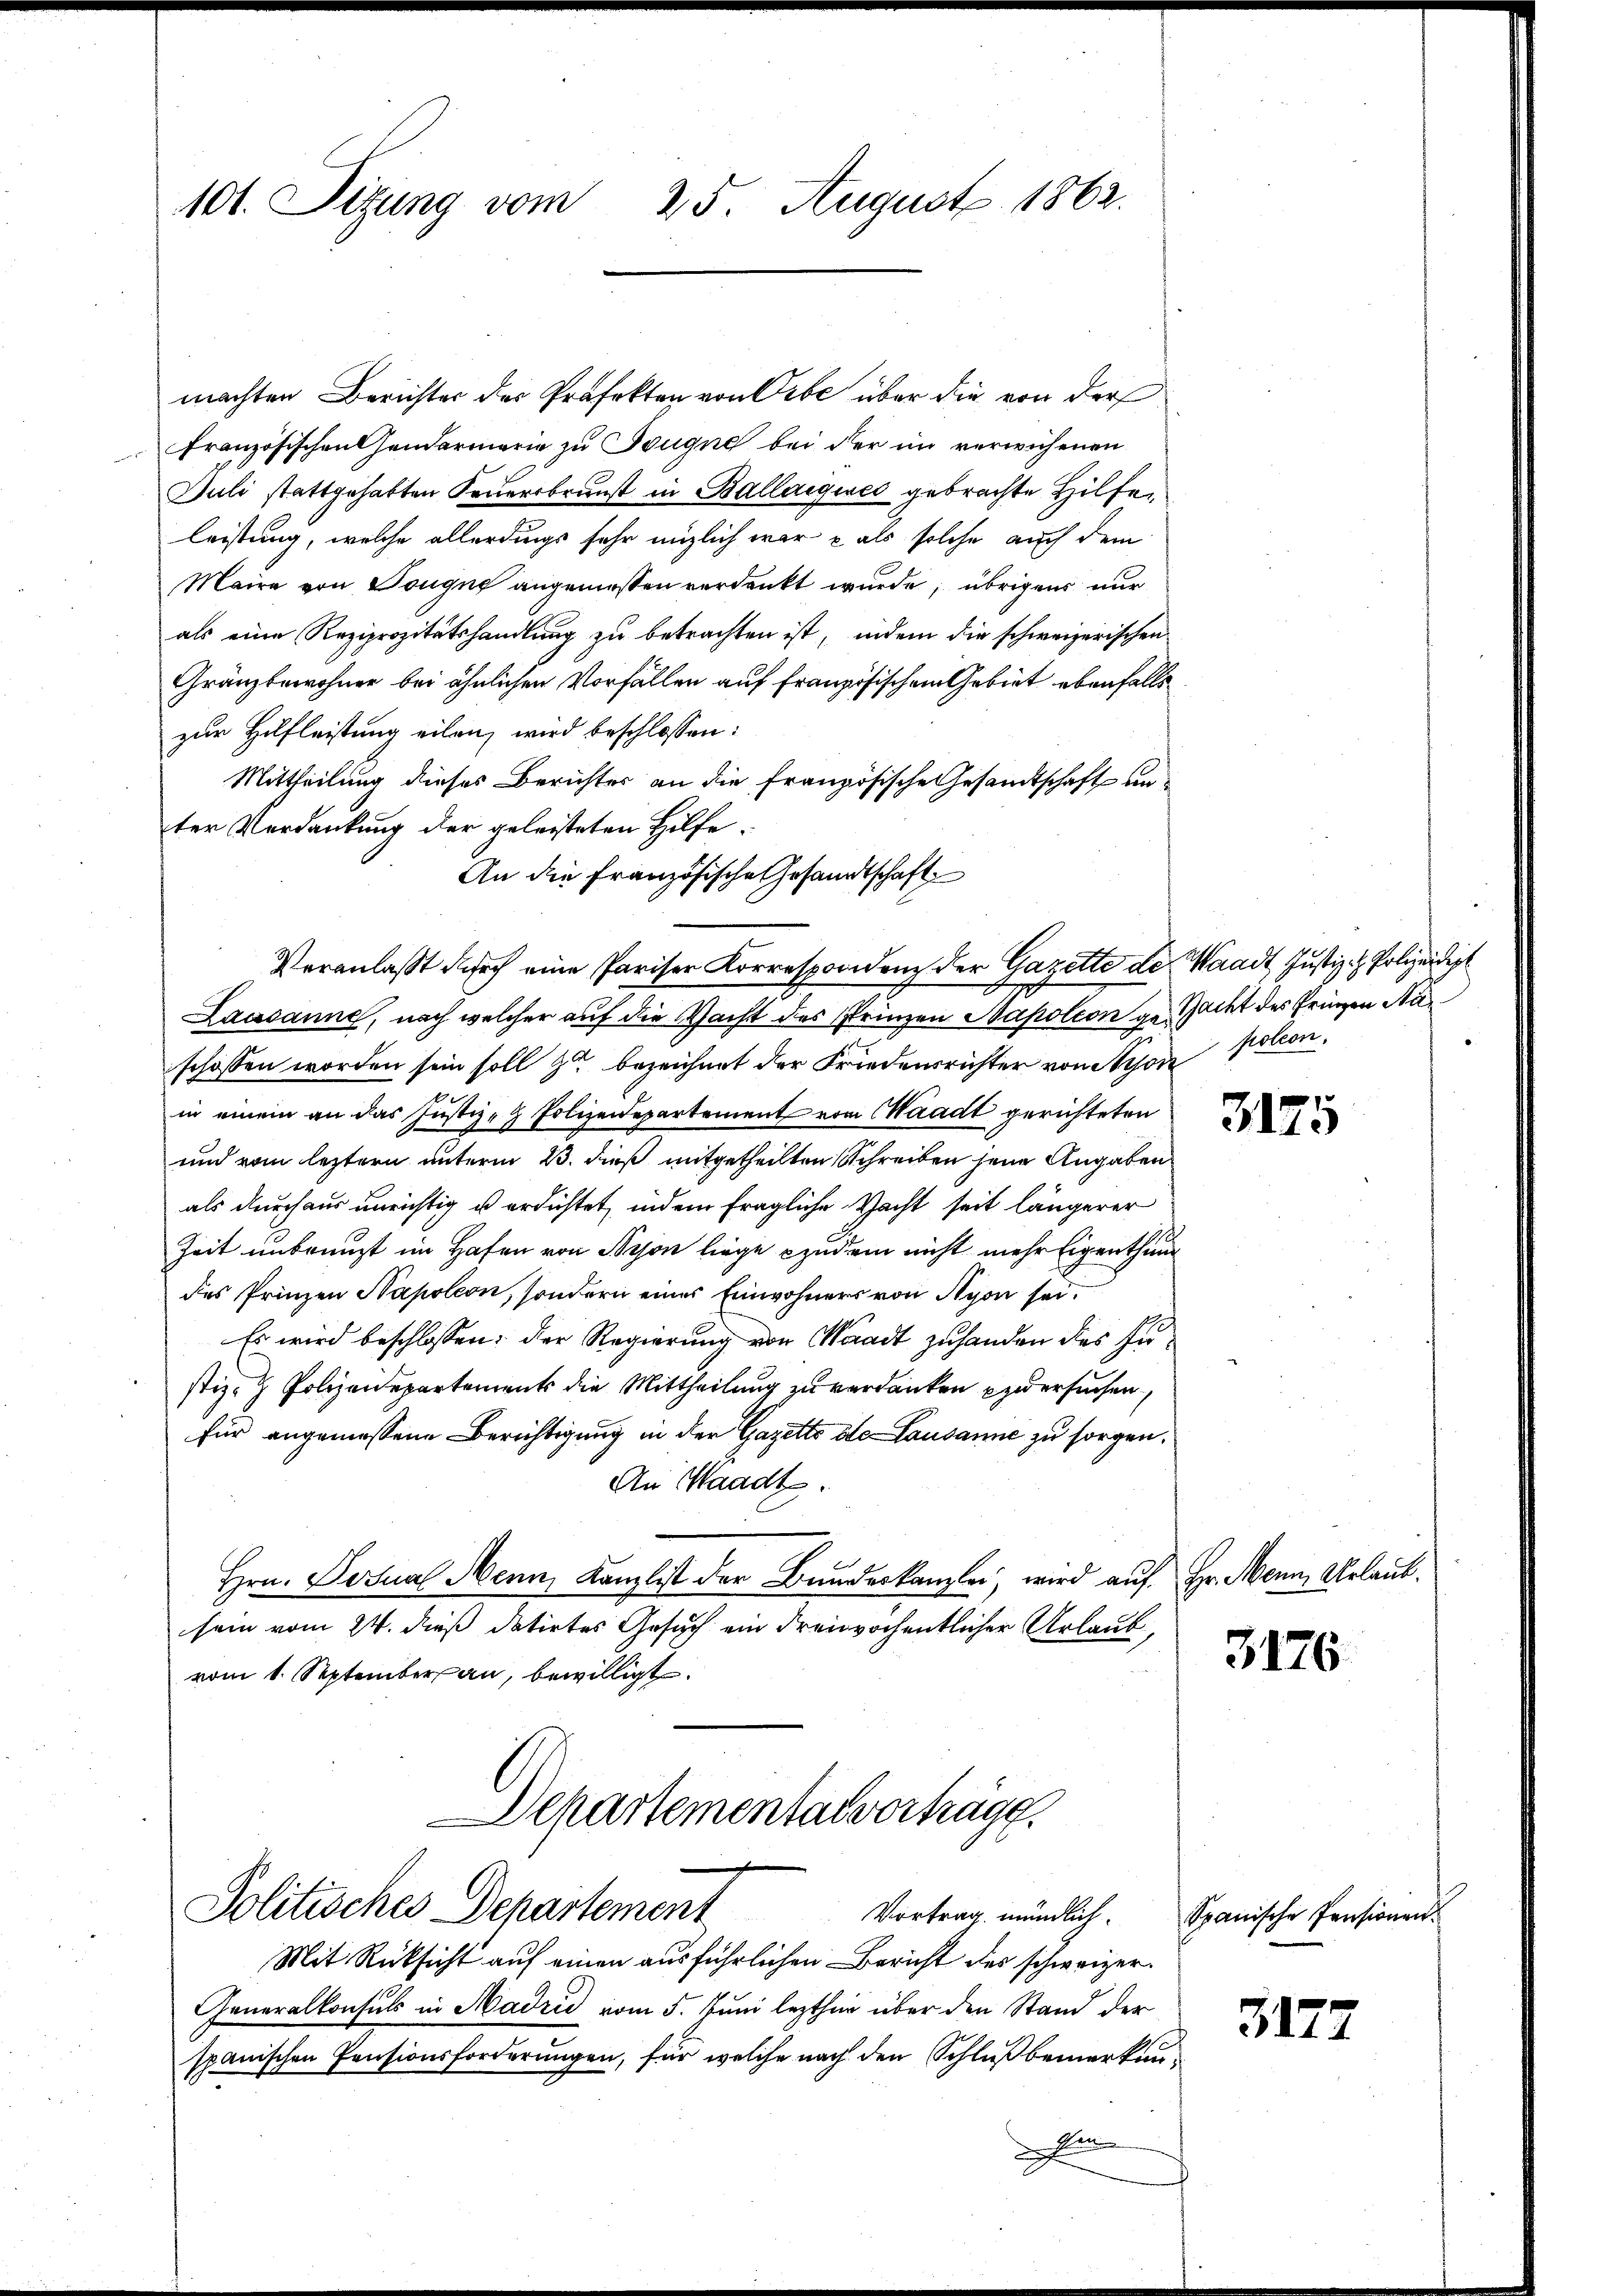
101. Sitzung vom 25. August 1862.

machten Berichter der Präfekten von Gebe über die von der
Französischen Handarmerie zu Tougne bei der im verwichenen
Juli stattgehabten Feuersbrunst in Ballaigues gebrachte Hilfe
leistung, welche allerdings sehr möglich war - als solche auch dem
Maire von Tougne angemessen verdankt wurde; übrigens nur
als eine Reziprozitätshandlung zu betrachten ist, indem die schweizerischen
Gränzbewohner bei ähnlichen Vorfällen auf französischem Gebiet ebenfalls
zur Hilfleistung eilen, wird beschlossen:
Mittheilung dieses Berichtes an die französische Gesandtschaft unter Verdankung der geleisteten Hilfe.
An die Französische Gesandtschaft
Veranlaßt durch eine Pariser Korrespondenz der Gazette de Waadt Justiz- & Polizeidigt
Lausanne, nach welcher auf die Nacht des Prinzen Napoleon gemacht des Fringen Naschossen worden sein soll zu bezeichnet der Friedensrichter von Nyon poleon,
in einem an das Justiz- & Polizeidepartement von Waadt gerichteten
und vom leztern unterm 23. dieß mitgetheilten Schreiben jene Angaben
als durchaus unrichtig u erdichtet, indem fragliche Nacht seit längerer
Zeit unbrunst im Hafen von Bijon liege zudem nicht mehr Eigenthum
des Prinzen Napoleon, sondern eines Einwohners von Nyon sei.
Es wird beschlossen: der Regierung von Waadt zuhanden des Zustiz- & Polizeidepartement die Mittheilung zu verdanken zu ersuchen
für angemessene Berichtigung in der Gazette die Lausanne zu sorgen,
An Waadt.
Hrn. Dezual Menn, Kanzlist der Bundeskanzlei, wird auf
sein vom 24. dieß datirtes Gesuch ein dreizöchentlicher Urlaub,
vom 1. September an, bewilligt.
Departemental vorträgg

Politisches Departement

Mit Rücksicht auf einen ausführlichen Bericht des schweizer¬
Generalkonsuls in Madrid vom 5. Juni lezthin über den Stand der
spanischen Pensionsforderungen, für welche nach den Schlußbemerkunn
d

3175

Hr. Mein Urlaub.

3176

3177

Vortrag mündlich. Spanische Pensionen.